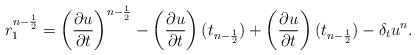
\begin{align*} r_1^{n-\frac{1}{2}} = \left(\frac{\partial u}{\partial t}\right)^{n-\frac{1}{2}} - \left(\frac{\partial u}{\partial t}\right)(t_{n-\frac{1}{2}}) + \left(\frac{\partial u}{\partial t}\right)(t_{n-\frac{1}{2}}) - \delta_tu^n. \end{align*}